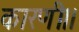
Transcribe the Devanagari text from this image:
कारणी।।